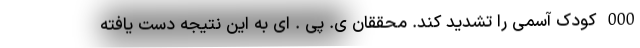
000 کودک آسمی را تشدید کند. محققان ی. پی . ای به این نتیجه دست یافته